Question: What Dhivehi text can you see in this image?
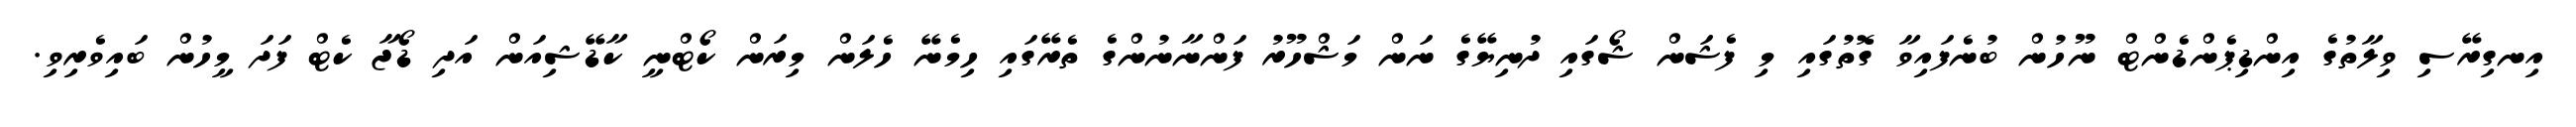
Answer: އިނގިރޭސި ވިލާތުގެ އިންޑިޕެންޑެންޓް ނޫހުން ބުނެފައިވާ ގޮތުގައި މި ފެޝަން ޝޯގައި ދުނިޔޭގެ ނަން މަޝްހޫރު ފަންނާނުންގެ ތެރޭގައި ހިމެނޭ ހެލަން މިރަން ކޯޓްނީ ކާޑޭޝިއަން އަދި ޑޯޖާ ކެޓް ފަދަ މީހުން ބައިވެރިވި.